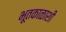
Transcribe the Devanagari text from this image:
भूतकाळाशी